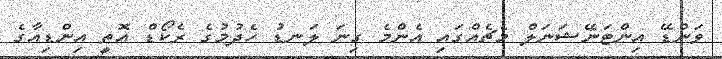
ވަންޑޭ އިންޓަނޭޝަނަލް މެޗެއްގައި އެންމެ ގިނަ ލަނޑު ހެދުމުގެ ރެކޯޑް އޮތީ އިންޑިއާގެ